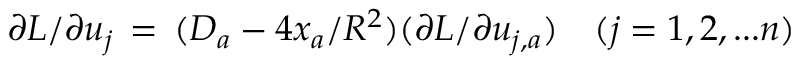
\partial L / \partial u _ { j } \, = \, ( D _ { a } - 4 x _ { a } / R ^ { 2 } ) ( \partial L / \partial u _ { j , a } ) \quad ( j = 1 , 2 , . . . n )